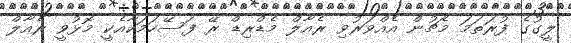
ލީގުގެ ފުރަތަމަ މެޗުން އެއްވަރުވި ރެއާލް މެޑްރިޑް ރޭ ފަސޭހަމަކާއެކީ މޮޅުވީ ރެއާލް